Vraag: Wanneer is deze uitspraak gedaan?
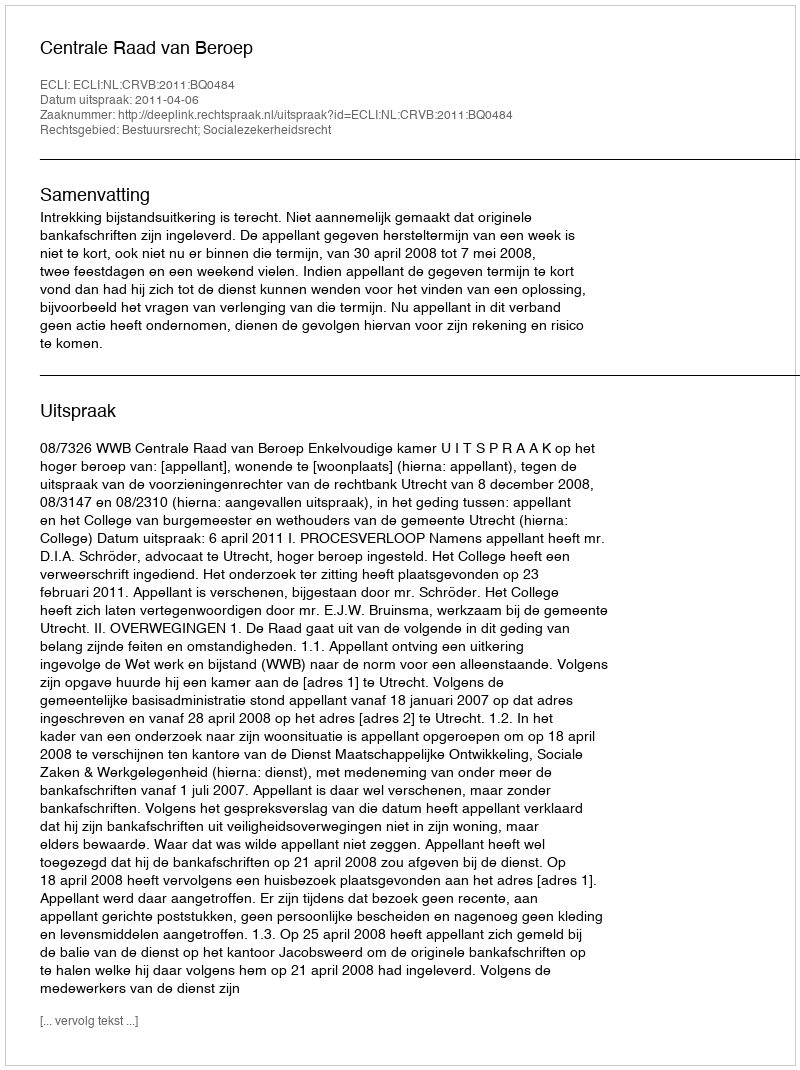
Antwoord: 2011-04-06